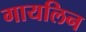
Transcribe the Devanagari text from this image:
गायलिन